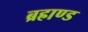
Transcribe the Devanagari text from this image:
ब्रह्राण्ड